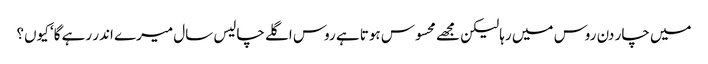
میں چار دن روس میں رہا لیکن مجھے محسوس ہوتا ہے روس اگلے چالیس سال میرے اندر رہے گا‘ کیوں؟